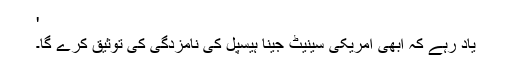
'
یاد رہے کہ ابھی امریکی سینیٹ جینا ہیسپل کی نامزدگی کی توثیق کرے گا۔